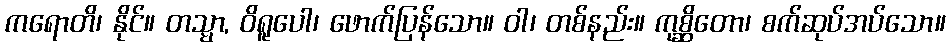
ကရောတိ၊ နိုင်။ တသ္မာ, ဝိရူပေါ၊ ဖောက်ပြန်သော။ ဝါ၊ တစ်နည်း။ ကုစ္ဆိတော၊ စက်ဆုပ်အပ်သော။